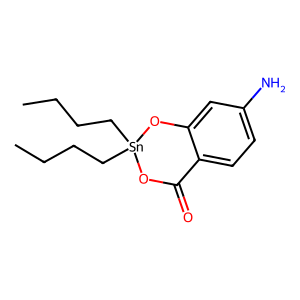
SMILES: CCCC[Sn]1(CCCC)OC(=O)c2ccc(N)cc2O1
Inhibits HIV replication: No